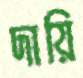
দায়ি